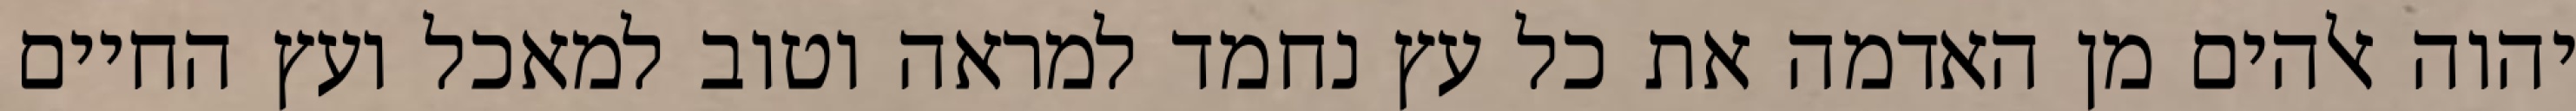
יהוה אלהים מן האדמה את כל עץ נחמד למראה וטוב למאכל ועץ החיים